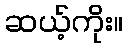
ဆယ့်ကိုး။